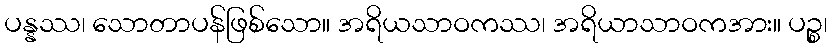
ပန္နဿ၊ သောတာပန်ဖြစ်သော။ အရိယသာဝကဿ၊ အရိယာသာဝကအား။ ပဉ္စ၊